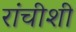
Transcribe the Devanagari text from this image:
रांचीशी